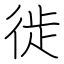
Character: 徙